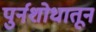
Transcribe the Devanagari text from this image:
पुर्नशोधातून